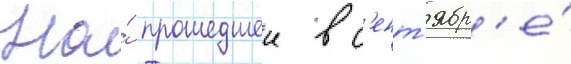
На́ прошедшеи в с'ент'ябр'е́